Indian journal of veterinary science and animal husbandry - Volume 12,
Year: 1942
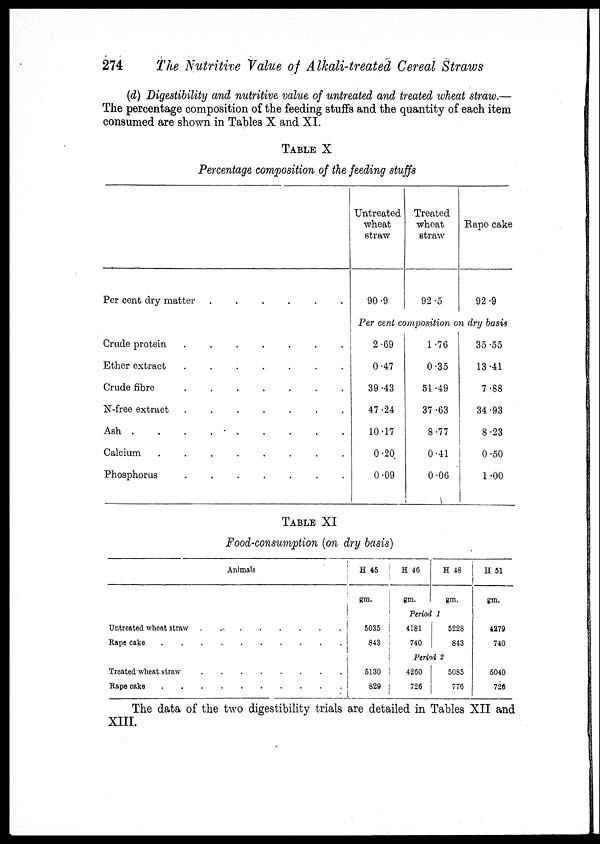
274
The Nutritive Value of Alkali-treated Cereal Straws
(d) Digestibility and nutritive value of untreated and treated wheat straw.—
The percentage composition of the feeding stuffs and the quantity of each item
consumed are shown in Tables X and XI.
TABLE X
Percentage composition of the feeding stuffs
Per cent dry matter
.
.
.
.
.
.
Crude protein
.
.
.
.
.
.
.
Ether extract
.
.
.
.
.
.
.
Crude
fibre
.
.
.
.
.
.
.
N-free extract
.
.
.
.
.
.
.
Ash
.
.
.
.
.
.
.
.
.
Calcium
.
.
.
.
.
.
.
Phosphorus
.
.
.
.
.
.
.
Untreated
wheat
straw
90.9
Treated
wheat
straw
92.5
Rape cake
92.9
Per cent composition on dry basis
2.69
0.47
39.43
47.24
10.17
0.20
0.09
1.76
0.35
51.49
37.63
8.77
0.41
0.06
35.55
13.41
7.88
34.93
8.23
0.50
1.00
TABLE XI
Food-consumption (on dry basis)
Animals
Untreated wheat straw
.
.
.
.
.
.
.
Rape cake
.
.
.
.
.
.
.
.
.
Treated wheat straw
.
.
.
.
.
.
.
Rape cake . . . . . . .
H 45
gm.
5035
843
5130
829
H 46
gm.
H 48
gm.
Period 1
4181
740
5228
843
Period 2
4260
726
5085
776
H 51
gm.
4279
740
5040
726
The data of the two digestibility trials are detailed in Tables XII and
XIII.